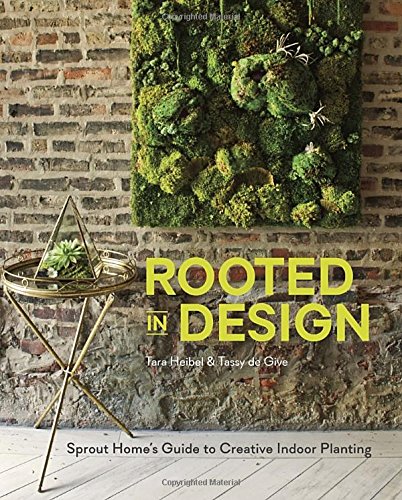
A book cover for Rooted in Design: Sprout Home's Guide to Creative Indoor Planting; Tara Heibel; Crafts, Hobbies & Home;